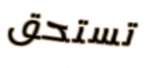
تستحق